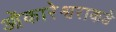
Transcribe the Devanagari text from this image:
ओंकारेश्वराकडे